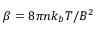
\beta = 8 \pi n k _ { b } T / B ^ { 2 }